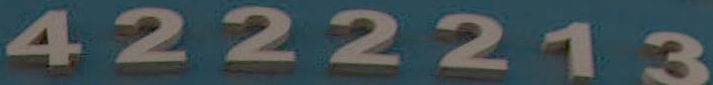
4222213